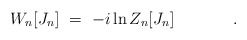
\begin{align*}W_n[J_n]\ =\ -i \ln Z_n[J_n] \hspace{1.5cm}.\hspace{0.5cm} \\\end{align*}